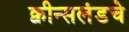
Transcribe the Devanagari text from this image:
क्वीन्सलंडचे